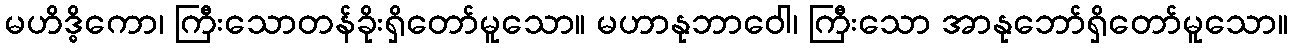
မဟိဒ္ဓိကော၊ ကြီးသောတန်ခိုးရှိတော်မူသော။ မဟာနုဘာဝေါ၊ ကြီးသော အာနုဘော်ရှိတော်မူသော။